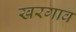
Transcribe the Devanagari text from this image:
खरगाव